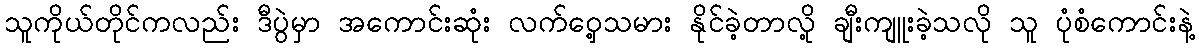
သူကိုယ်တိုင်ကလည်း ဒီပွဲမှာ အကောင်းဆုံး လက်ဝှေ့သမား နိုင်ခဲ့တာလို့ ချီးကျူးခဲ့သလို သူ ပုံစံကောင်းနဲ့